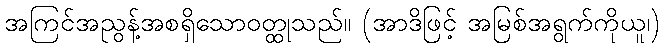
အကြင်အညွန့်အစရှိသောဝတ္ထုသည်။ (အာဒိဖြင့် အမြစ်အရွက်ကိုယူ၊)